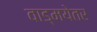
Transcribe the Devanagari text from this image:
वाड्मयेतर